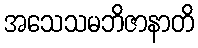
အသေသမဘိဇာနာတိ